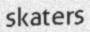
skaters